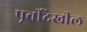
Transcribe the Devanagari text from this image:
पूर्वीदेखील